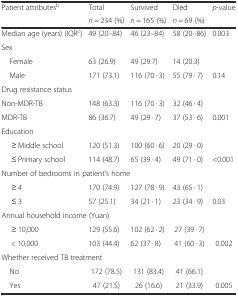
| <ROWSPAN=2> Patient attributesb | Total | Survived | Died | <ROWSPAN=2> p-value |
 | n = 234 (%) | n = 165 (%) | n = 69 (%) |
 | --- | --- | --- | --- | --- |
 | Median age (years) (IQRc) | 49 (20–84) | 46 (23–84) | 58 (20–86) | 0.003 |
 | <COLSPAN=5> Sex |
 | Female | 63 (26.9) | 49 (29.7) | 14 (20.3) |  |
 | Male | 171 (73.1) | 116 (70 · 3) | 55 (79 · 7) | 0.14 |
 | <COLSPAN=5> Drug resistance status |
 | Non-MDR-TB | 148 (63.3) | 116 (70 · 3) | 32 (46 · 4) |  |
 | MDR-TB | 86 (36.7) | 49 (29 · 7) | 37 (53 · 6) | 0.001 |
 | <COLSPAN=5> Education |
 | ≥ Middle school | 120 (51.3) | 100 (60 · 6) | 20 (29 · 0) |  |
 | ≤ Primary school | 114 (48.7) | 65 (39 · 4) | 49 (71 · 0) | <0.001 |
 | <COLSPAN=5> Number of bedrooms in patient’s home |
 | ≥ 4 | 170 (74.9) | 127 (78 · 9) | 43 (65 · 1) |  |
 | ≤ 3 | 57 (25.1) | 34 (21 · 1) | 23 (34 · 9) | 0.03 |
 | <COLSPAN=5> Annual household income (Yuan) |
 | ≥ 10,000 | 129 (55.6) | 102 (62 · 2) | 27 (39 · 7) |  |
 | < 10,000 | 103 (44.4) | 62 (37 · 8) | 41 (60 · 3) | 0.002 |
 | <COLSPAN=5> Whether received TB treatment |
 | No | 172 (78.5) | 131 (83.4) | 41 (66.1) |  |
 | Yes | 47 (21.5) | 26 (16.6) | 21 (33.9) | 0.005 |